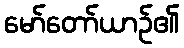
မော်တော်ယာဉ်၏